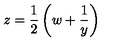
z = \frac { 1 } { 2 } \left( w + \frac { 1 } { y } \right)